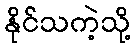
နိုင်သကဲ့သို့